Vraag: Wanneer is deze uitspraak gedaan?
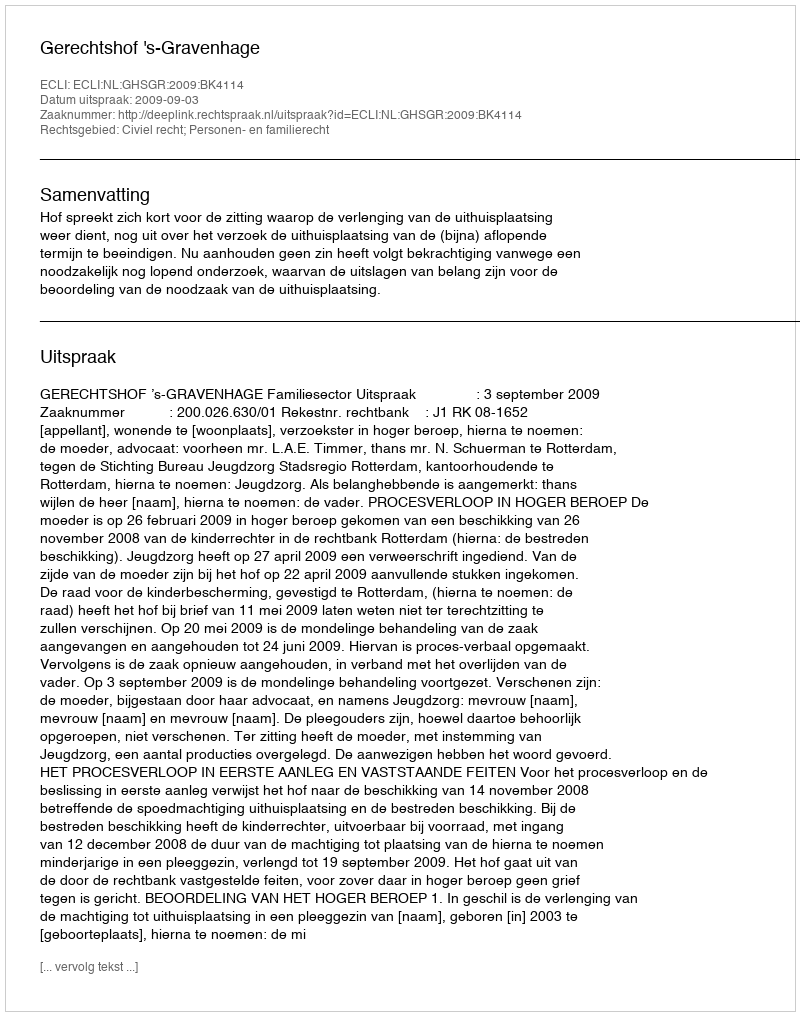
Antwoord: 2009-09-03